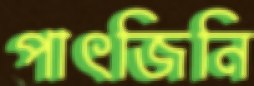
পাৎজিনি